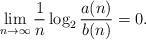
LaTeX: \begin{align*}\lim_{n \to \infty} \frac{1}{n} \log_2 \frac{a(n)}{b(n)}=0.\end{align*}